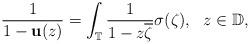
LaTeX: \begin{align*}\frac{1}{1-{\mathbf u}(z)}=\int_{\mathbb T}\frac{1}{1-z\overline\zeta}\sigma(\zeta), \ \ z\in\mathbb D,\end{align*}